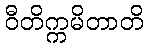
ဝီတိက္ကမိတာတိ